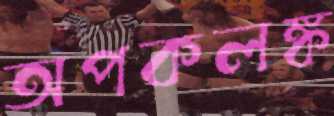
অপকলঙ্ক